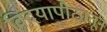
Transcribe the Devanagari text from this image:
विदयापीठातून